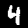
Label: 4